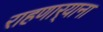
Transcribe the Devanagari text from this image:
राहणार्‍याना